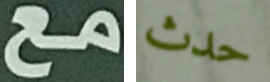
مع حدث